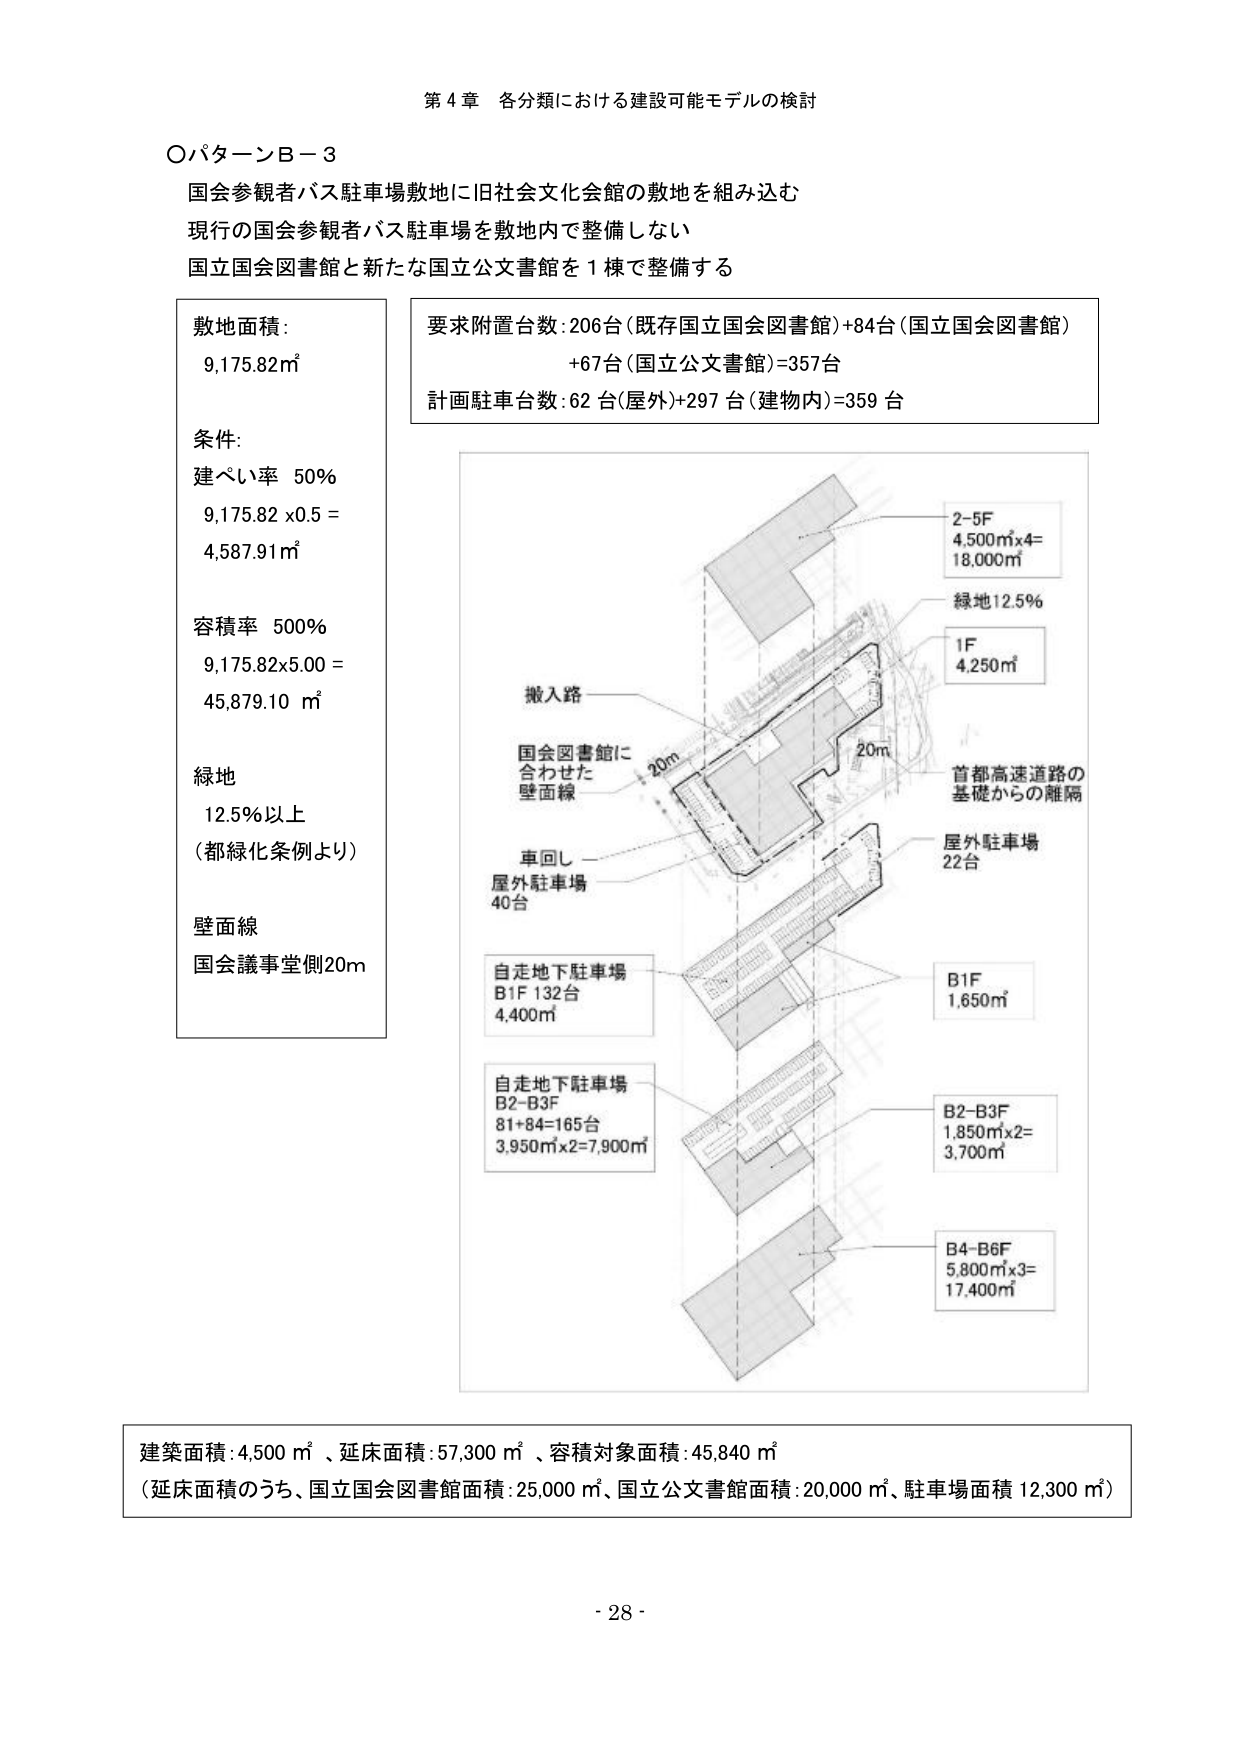
第４章 各分類における建設可能モデルの検討

○パターンＢ－３
国会参観者バス駐車場敷地に旧社会文化会館の敷地を組み込む
現行の国会参観者バス駐車場を敷地内で整備しない
国立国会図書館と新たな国立公文書館を１棟で整備する

敷地面積：
9,175.82㎡

条件：
建ぺい率 50％
9,175.82 x0.5 =
4,587.91㎡

容積率 500％
9,175.82x5.00 =
45,879.10 ㎡

緑地
12.5％以上
（都緑化条例より）

壁面線
国会議事堂側20m

要求附置台数：206台（既存国立国会図書館）+84台（国立国会図書館）
+67台（国立公文書館）=357台
計画駐車台数：62台（屋外）+297台（建物内）=359台

2-5F
4,500㎡x4=
18,000㎡

緑地12.5％

1F
4,250㎡

搬入路

国会図書館に
合わせた
壁面線

20m

首都高速道路の
基礎からの離隔

車回し
屋外駐車場
40台

屋外駐車場
22台

自走地下駐車場
B1F 132台
4,400㎡

B1F
1,650㎡

自走地下駐車場
B2-B3F
81+84=165台
3,950㎡x2=7,900㎡

B2-B3F
1,850㎡x2=
3,700㎡

B4-B6F
5,800㎡x3=
17,400㎡

建築面積：4,500 ㎡、延床面積：57,300 ㎡、容積対象面積：45,840 ㎡
（延床面積のうち、国立国会図書館面積：25,000 ㎡、国立公文書館面積：20,000 ㎡、駐車場面積 12,300 ㎡）

- 28 -